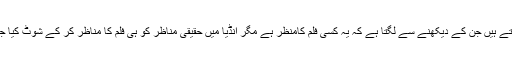
شاذ و نادر ایسے واقعے معاشرے میں پیش آ جاتے ہیں جن کے دیکھنے سے لگتا ہے کہ یہ کسی فلم کامنظر ہے مگر انڈیا میں حقیقی مناظر کو ہی فلم کا مناظر کر کے شوٹ کیا جاتا ہے کیونکہ وہاں کچھ بھی ممکن ہوسکتا ہے۔